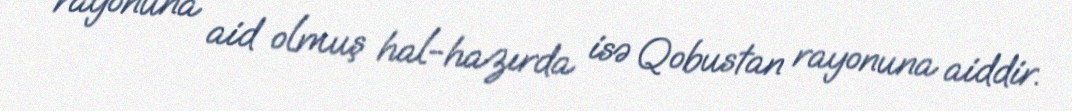
rayonuna aid olmuş hal-hazırda isə Qobustan rayonuna aiddir.